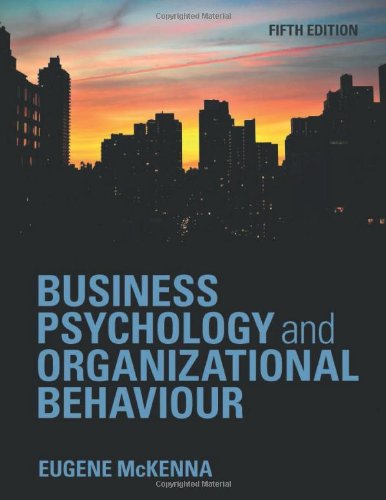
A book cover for Business Psychology and Organizational Behaviour; Eugene McKenna; Medical Books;